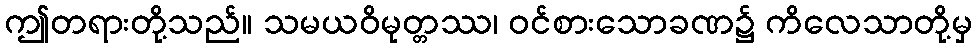
ဤတရားတို့သည်။ သမယဝိမုတ္တဿ၊ ဝင်စားသောခဏ၌ ကိလေသာတို့မှ